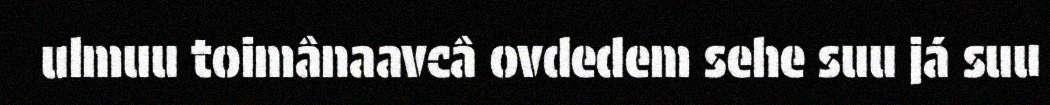
ulmuu toimânaavcâ ovdedem sehe suu já suu